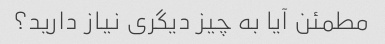
مطمئن آیا به چیز دیگری نیاز دارید؟